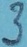
Text: 3